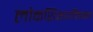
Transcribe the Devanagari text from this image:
लोकशिक्षणविषयक